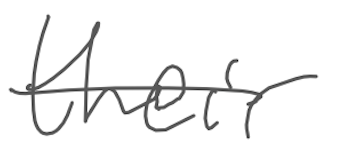
Text: their
Cross-out: single-line
Writing tool: digital_gray